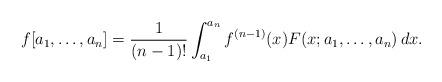
LaTeX: \begin{align*}f[a_1, \ldots,a_n]=\frac{1}{(n-1)!}\int_{a_1}^{a_n} f^{(n-1)}(x) F(x;a_1, \ldots,a_n)\,dx. \end{align*}